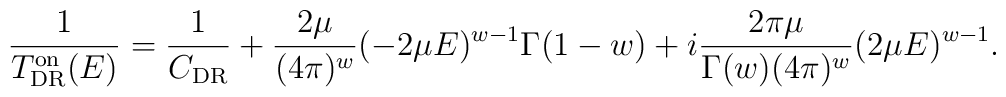
\frac{1}{T^{\rm on}_{\rm DR}(E)}=\frac{1}{C_{\rm DR}} + \frac{2 \mu}{(4 \pi)^{w}} (-2 \mu E)^{w-1} \Gamma(1-w) + i \frac{2 \pi \mu}{\Gamma(w) (4 \pi)^{w}} (2 \mu E)^{w - 1}.